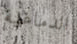
الدماغية